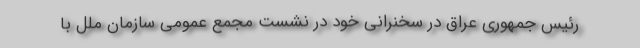
رئیس جمهوری عراق در سخنرانی خود در نشست مجمع عمومی سازمان ملل با